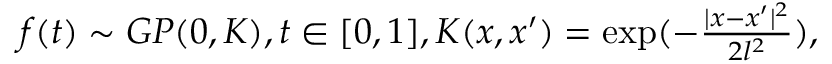
\begin{array} { r } { f ( t ) \sim G P ( 0 , K ) , t \in [ 0 , 1 ] , K ( x , x ^ { \prime } ) = \exp ( - \frac { | x - x ^ { \prime } | ^ { 2 } } { 2 l ^ { 2 } } ) , } \end{array}